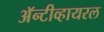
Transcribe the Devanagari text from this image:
अॅन्टीव्हायरल